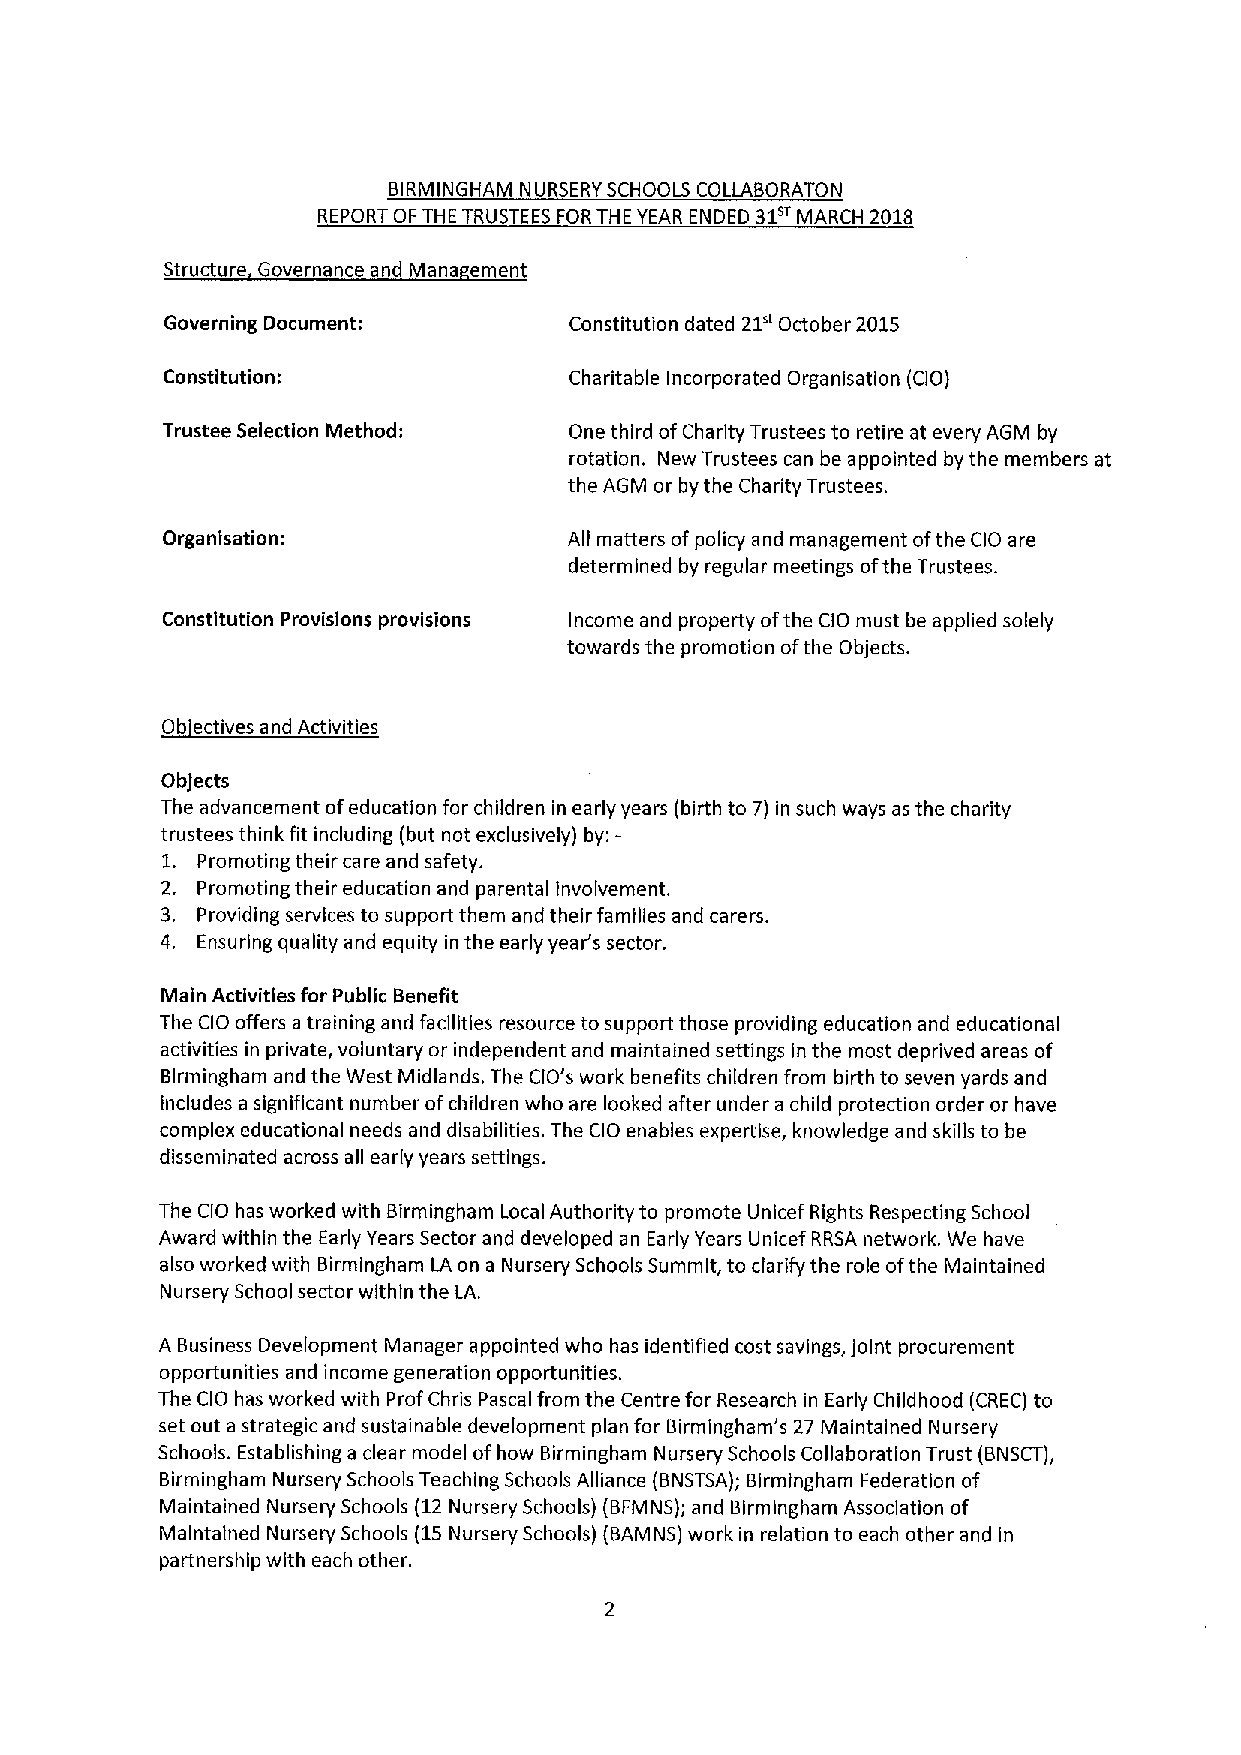
BIRMINGHAM NURSERY SCHOOLS COLLABORATON
 REPORT OF THE TRUSTEES FORTHE YEAR ENDED 31 MARCH 2018
 Structure Governance and Mana ement
 Governing Document:        Constitution dated 21" October 2015
 Constitution:              Charitable Incorporated Organisation (CIO)
 Trustee Selection Method:  One third ofCharity Trustees to retire at every AGM by
 rotation. New Trustees can be appointed by the members at
 the AGM or by the Charity Trustees.
 Organisation:              All matters ofpolicy and management ofthe CIO are
 determined by regular meetings ofthe Trustees.
 Constitution Provisions provisions Income and property ofthe CIO must be applied solely
 towards the promotion ofthe Objects.
 Ob ectives and Activities
 Objects
 The advancement ofeducation for children in early years (birth to 7)in such ways as the charity
 trustees think fit including (but not exclusively) by:-
 1. Promoting their care and safety.
 2. Promoting their education and parental involvement.
 3. Providing services to support them and their families and carers.
 4. Ensuring quality and equity in the early year's sector.
 Main Activities for Public Benefit
 The CIO offers a training and facilities resource to support those providing education and educational
 activities in private, voluntary or independent and maintained settings in the most deprived areas of
 Birmingham and the West Midlands. The CIO's work benefits children from birth to seven yards and
 includes a significant number ofchildren who are looked after under a child protection order or have
 complex educational needs and disabilities. The CIO enables expertise, knowledge and skills to be
 disseminated across all early years settings.
 The CIO has worked with Birmingham Local Authority to promote Unicef Rights Respecting School
 Award within the Early Years Sector and developed an Early Years Unicef RRSA network, We have
 also worked with Birmingham LA on a Nursery Schools Summit, to clarify the role ofthe Maintained
 Nursery School sector within the LA.
 A Business Development Manager appointed who has identified cost savings, joint procurement
 opportunities and income generation opportunities.
 The CIO has worked with Prof Chris Pascal from the Centre for Research in Early Childhood (CREC) to
 set out a strategic and sustainable development plan for Birmingham's 27 Maintained Nursery
 Schools. Establishing a clear model ofhow Birmingham Nursery Schools Collaboration Trust (BNSCT),
 Birmingham Nursery Schools Teaching Schools Alliance (BNSTSA); Birmingham Federation of
 Maintained Nursery Schools (12Nursery Schools) (BFMNS); and Birmingham Association of
 Maintained Nursery Schools (15Nursery Schools) (BAMNS) work in relation to each other and in
 partnership with each other.